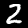
Digit: 2